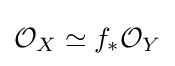
{\mathcal {O}}_{X}\simeq f_{*}{\mathcal {O}}_{Y}